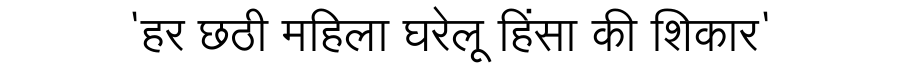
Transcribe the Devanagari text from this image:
'हर छठी महिला घरेलू हिंसा की शिकार'